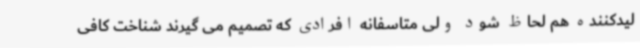
لیدکننده هم لحاظ شود ولی متاسفانه افرادی که تصمیم می گیرند شناخت کافی